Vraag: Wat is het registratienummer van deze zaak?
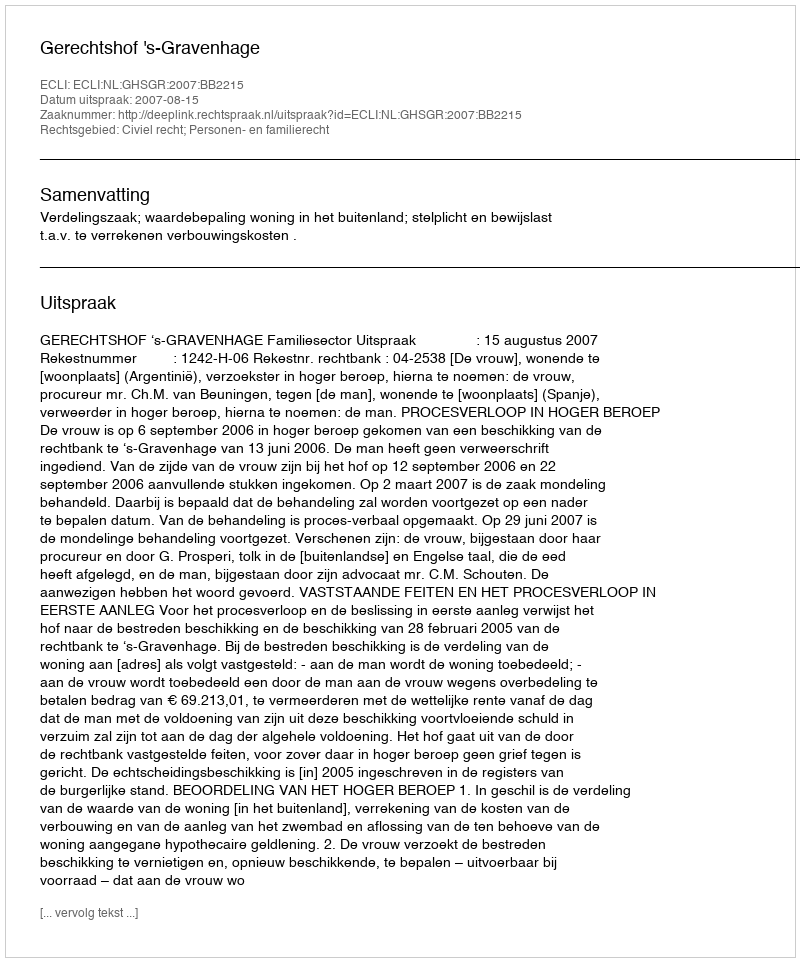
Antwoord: http://deeplink.rechtspraak.nl/uitspraak?id=ECLI:NL:GHSGR:2007:BB2215